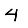
Digit: 4